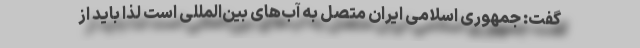
گفت: جمهوری اسلامی ایران متصل به آب‌های بین‌المللی است لذا باید از